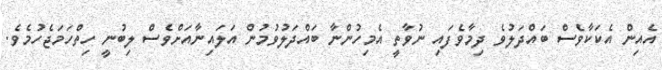
އެއިން އެކަކާވެސް ބައްދަލުވެ ދިމާވެފައި ނުވާތީ އެމިހުންނާ ބައްދަލުވުމުން އަލައިނާއަށްވެސް ލިބުނީ ހިތްހަމަޖެހުމެވެ.